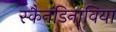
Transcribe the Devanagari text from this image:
स्कैनडिनाविया